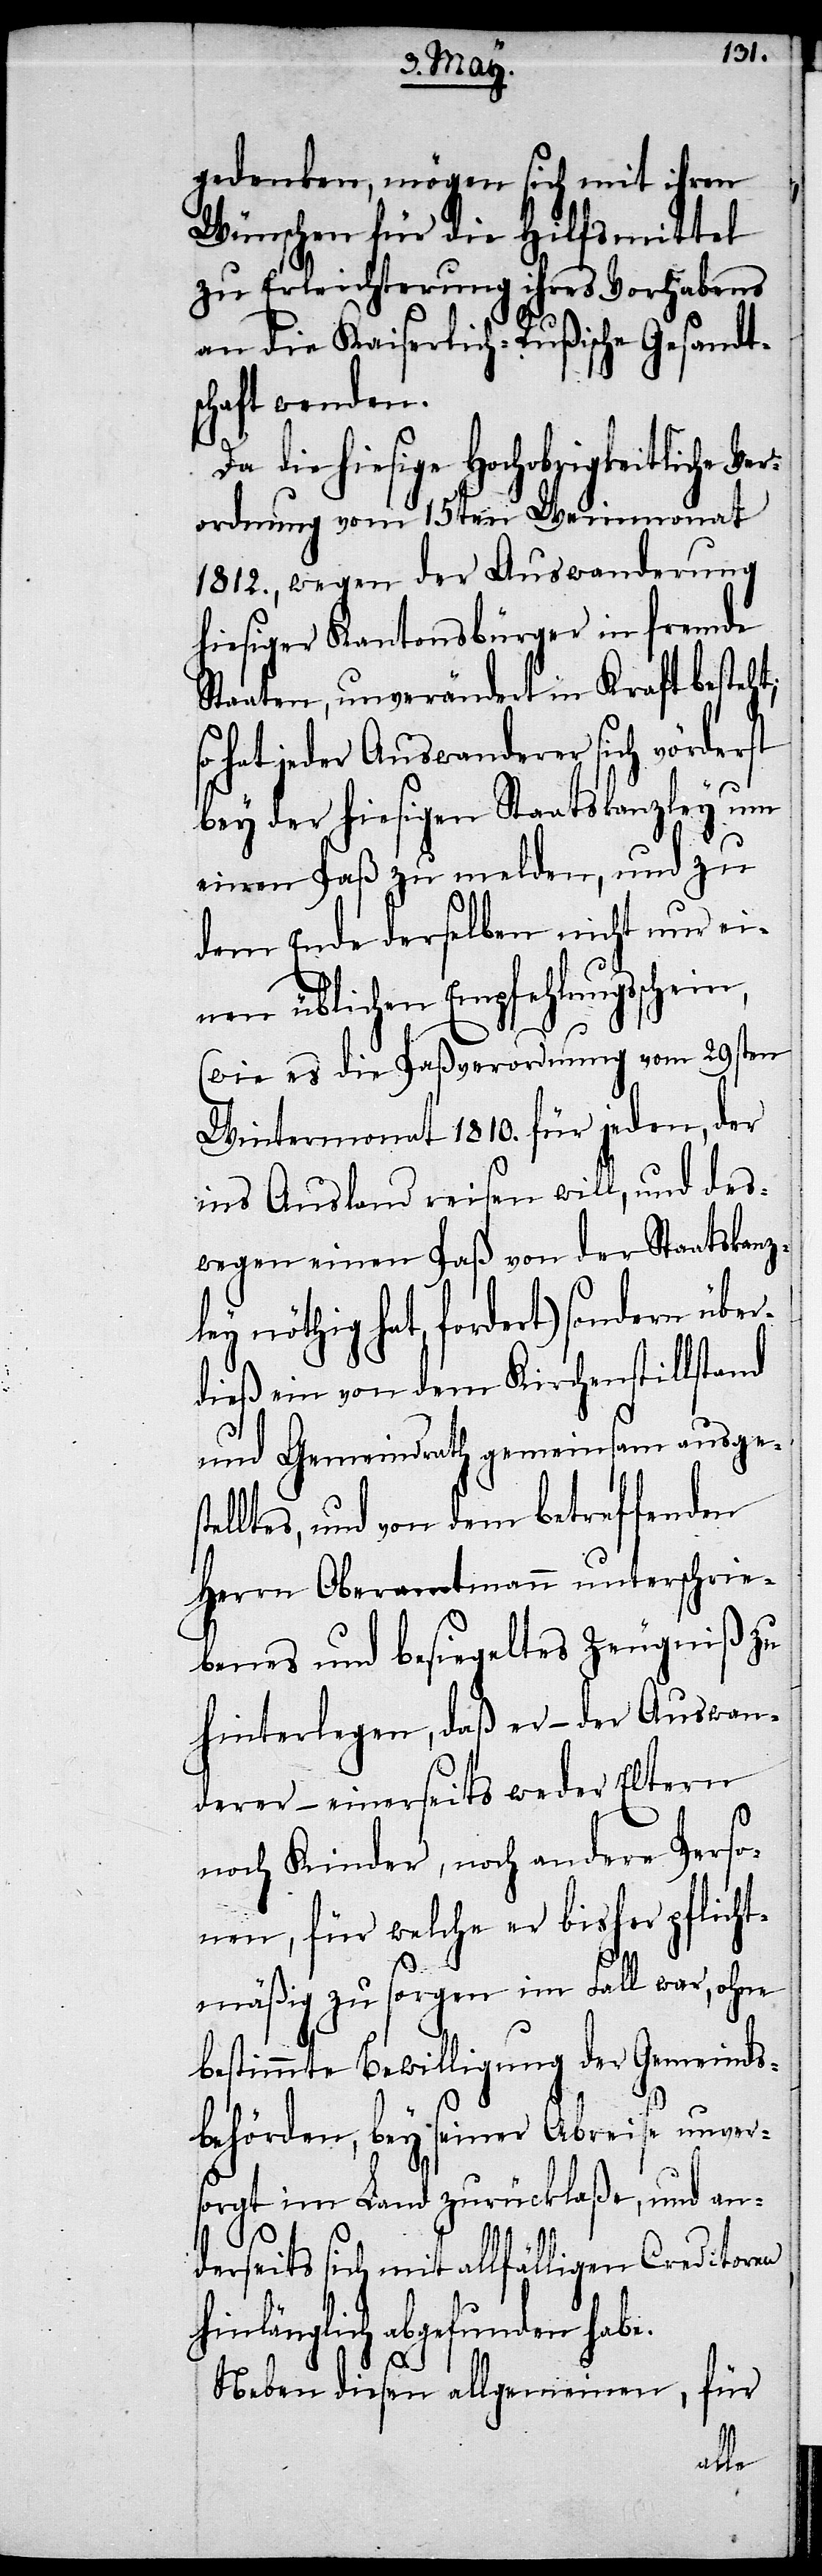
gedenken, mögen sich mit ihren
Wünschen für die Hilfsmittel
zu Erleichterung ihres Vorhabens
an die Kaiserlich-Rußische Gesandt¬
schaft wenden.
Da die hiesige Hochobrigkeitliche Ve¬
rordnung vom 15ten Weinmonat
1812., wegen der Auswanderung
hiesiger Kantonsbürger in fremde
Staaten, unverändert in Kraft besteht;
hat jeder Auswanderer sich vörderst
bey der hiesigen Staatskanzley um
einen Paß zu melden, und zu
dem Ende derselben nicht nur ei¬
nen üblichen Empfehlungsschein,
(wie es die Paßverordnung vom 29sten
Wintermonat 1819. für jeden, der
ins Ausland reisen will, und des¬
wegen einen Paß von der Staatskanz¬
ley nöthig hat, fordert) sondern über¬
dieß ein von dem Kirchstillstand
und Gemeindrath gemeinsam ausges¬
telltes, und von dem betreffenden
Herrn Oberamtmann unterschrie¬
benes und besiegeltes Zeugniß zu
hinterlegen, daß er – der Auswan¬
derer – einerseits weder Eltern
noch Kinder, noch andere Perso¬
nen, für welche er bisher pflicht¬
mäßig zu sorgen im Fall war, ohne
bestimmte Bewilligung der Gemeinds¬
behörden, bey seiner Abreise unver¬
sorgt im Land zurücklaße, und and¬
erseits sich mit allfälligen Creditoren
hinlänglich abgefunden habe.
Neben diesen allgemeinen, für